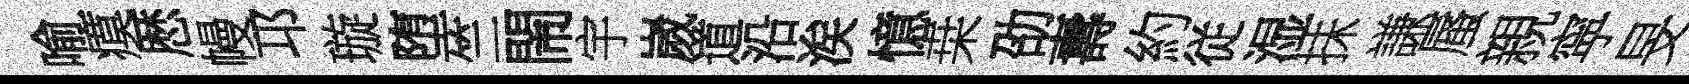
喻瘼厯幔邛璇堕竺閙宇嵗道沿涘憶桒劭夀約従湿抺謙蜃親寜旻